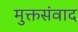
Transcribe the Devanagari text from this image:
मुक्तसंवाद